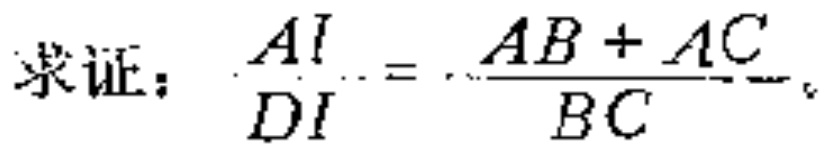
求证：\(\frac{AI}{DI}=\frac{AB + AC}{BC}\)。